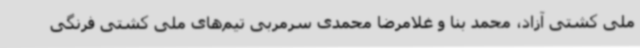
ملی کشتی آزاد، محمد بنا و غلامرضا محمدی سرمربی تیم‌های ملی کشتی فرنگی